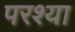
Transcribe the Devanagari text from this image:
परश्‍या